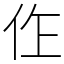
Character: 㑅